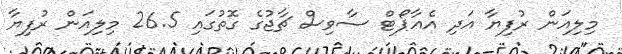
މިލިއަން ރުފިޔާ އަދި އެއާޕޯޓް ސާވިސް ޗާޖުގެ ގޮތުގައި 26.5 މިލިއަން ރުފިޔާ